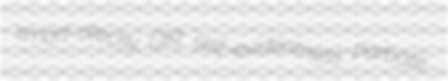
smart-alecky QKt self-evidentness Parbate